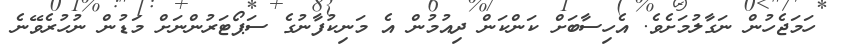
ހަމަޖެހުން ނަގާލުމަށެވެ. އެހިސާބަށް ކަންކަން ދިއުމުން އެ މަނިކުފާނުގެ ސަޕޯޓަރުންނަށް މަޑުން ނުހުރެވޭނެ